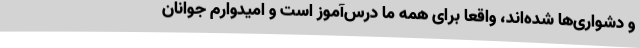
و دشواری‌ها شده‌اند، واقعاً برای همه ما درس‌آموز است و امیدوارم جوانان